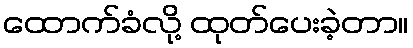
ထောက်ခံလို့ ထုတ်ပေးခဲ့တာ။